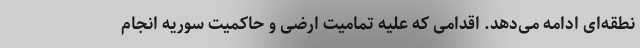
نطقه‌ای ادامه می‌دهد. اقدامی که علیه تمامیت ارضی و حاکمیت سوریه انجام